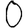
Digit: 0